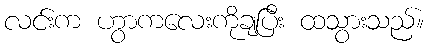
လင်းက ဟွာကလေးကိုချပြီး ထသွားသည်။